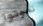
تموتوا